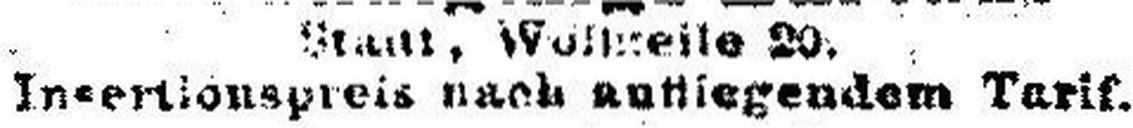
Insertionspreis nach aufliegendem Tarif.